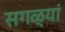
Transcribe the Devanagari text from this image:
सगळ्यां